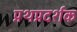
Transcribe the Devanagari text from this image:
प्रथप्रदर्शक